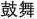
鼓舞